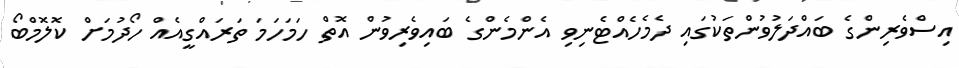
އިސްވެރިންގެ ބައްދަލުވުންތަކުގައި ދެމެހެއްޓެނިވި އެންމެންގެ ބައިވެރިވުން އޮތް ހަމަހަމަ ތަރައްގީއެއް ހޯދުމަށް ކޮލޮމްބޯ